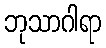
ဘုသာဂါရာ